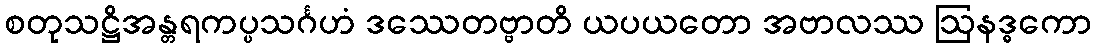
စတုသဋ္ဌိအန္တရကပ္ပသင်္ဂဟံ ဒဿေတဗ္ဗာတိ ယပယတော အဗာလဿ ဩနဒ္ဓကော